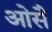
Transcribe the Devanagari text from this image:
ओसै